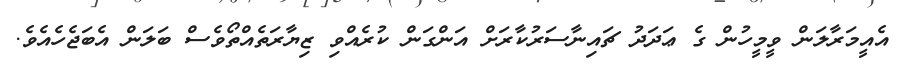
އެއީމަރާލަން ވީމީހުން ގެ ޢަދަދު ޗައިނާސަރުކާރަށް އަންގަން ކުރެއްވި ޒިޔާރަތެއްތޯވެސް ބަލަން އެބަޖެހެއެވެ.